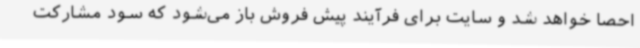
احصا خواهد شد و سایت برای فرآیند پیش فروش باز می‌شود که سود مشارکت